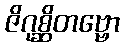
ဇိဂုစ္ဆိတဗ္ဗော